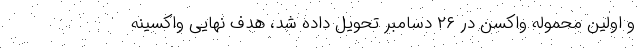
و اولین محموله واکسن در ۲۶ دسامبر تحویل داده شد، هدف نهایی واکسینه